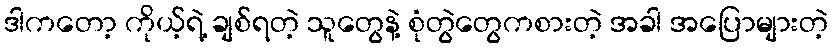
ဒါကတော့ ကိုယ့်ရဲ့ ချစ်ရတဲ့ သူတွေနဲ့ စုံတွဲတွေကစားတဲ့ အခါ အပြောများတဲ့